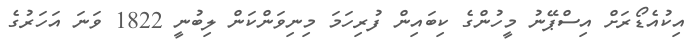
އިކުއެެޑޯރަށް އިސްޕޭނު މީހުންގެ ކިބައިން ފުރިހަމަ މިނިވަންކަން ލިބުނީ 1822 ވަނަ އަހަރުގެ